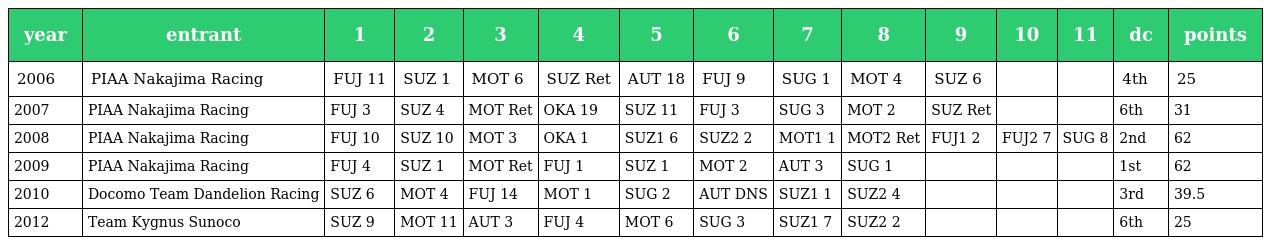
| year | entrant | 1 | 2 | 3 | 4 | 5 | 6 | 7 | 8 | 9 | 10 | 11 | dc | points |
 | --- | --- | --- | --- | --- | --- | --- | --- | --- | --- | --- | --- | --- | --- | --- |
 | 2006 | PIAA Nakajima Racing | FUJ 11 | SUZ 1 | MOT 6 | SUZ Ret | AUT 18 | FUJ 9 | SUG 1 | MOT 4 | SUZ 6 |  |  | 4th | 25 |
 | 2007 | PIAA Nakajima Racing | FUJ 3 | SUZ 4 | MOT Ret | OKA 19 | SUZ 11 | FUJ 3 | SUG 3 | MOT 2 | SUZ Ret |  |  | 6th | 31 |
 | 2008 | PIAA Nakajima Racing | FUJ 10 | SUZ 10 | MOT 3 | OKA 1 | SUZ1 6 | SUZ2 2 | MOT1 1 | MOT2 Ret | FUJ1 2 | FUJ2 7 | SUG 8 | 2nd | 62 |
 | 2009 | PIAA Nakajima Racing | FUJ 4 | SUZ 1 | MOT Ret | FUJ 1 | SUZ 1 | MOT 2 | AUT 3 | SUG 1 |  |  |  | 1st | 62 |
 | 2010 | Docomo Team Dandelion Racing | SUZ 6 | MOT 4 | FUJ 14 | MOT 1 | SUG 2 | AUT DNS | SUZ1 1 | SUZ2 4 |  |  |  | 3rd | 39.5 |
 | 2012 | Team Kygnus Sunoco | SUZ 9 | MOT 11 | AUT 3 | FUJ 4 | MOT 6 | SUG 3 | SUZ1 7 | SUZ2 2 |  |  |  | 6th | 25 |